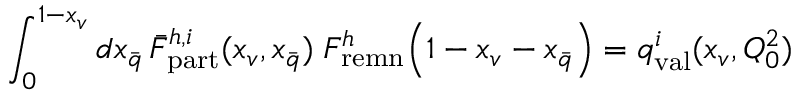
\int _ { 0 } ^ { 1 - x _ { v } } d x _ { \bar { q } } \, \bar { F } _ { \mathrm { p a r t } } ^ { h , i } ( x _ { v } , x _ { \bar { q } } ) \; F _ { \mathrm { r e m n } } ^ { h } \! \left( 1 - x _ { v } - x _ { \bar { q } } \right) = q _ { \mathrm { v a l } } ^ { i } ( x _ { v } , Q _ { 0 } ^ { 2 } )